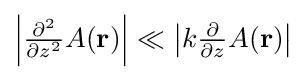
{\textstyle \left|{\frac {\partial ^{2}}{\partial z^{2}}}A(\mathbf {r} )\right|\ll \left|k{\frac {\partial }{\partial z}}A(\mathbf {r} )\right|}